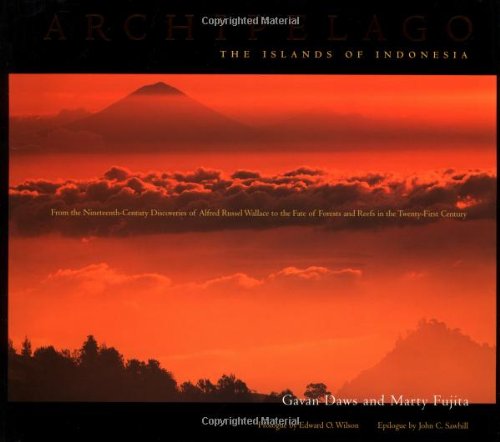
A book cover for Archipelago : Islands of Indonesia; Gavan Daws; Travel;